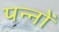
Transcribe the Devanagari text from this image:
पन्‍नों